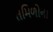
તમિળોના